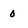
Character: 0